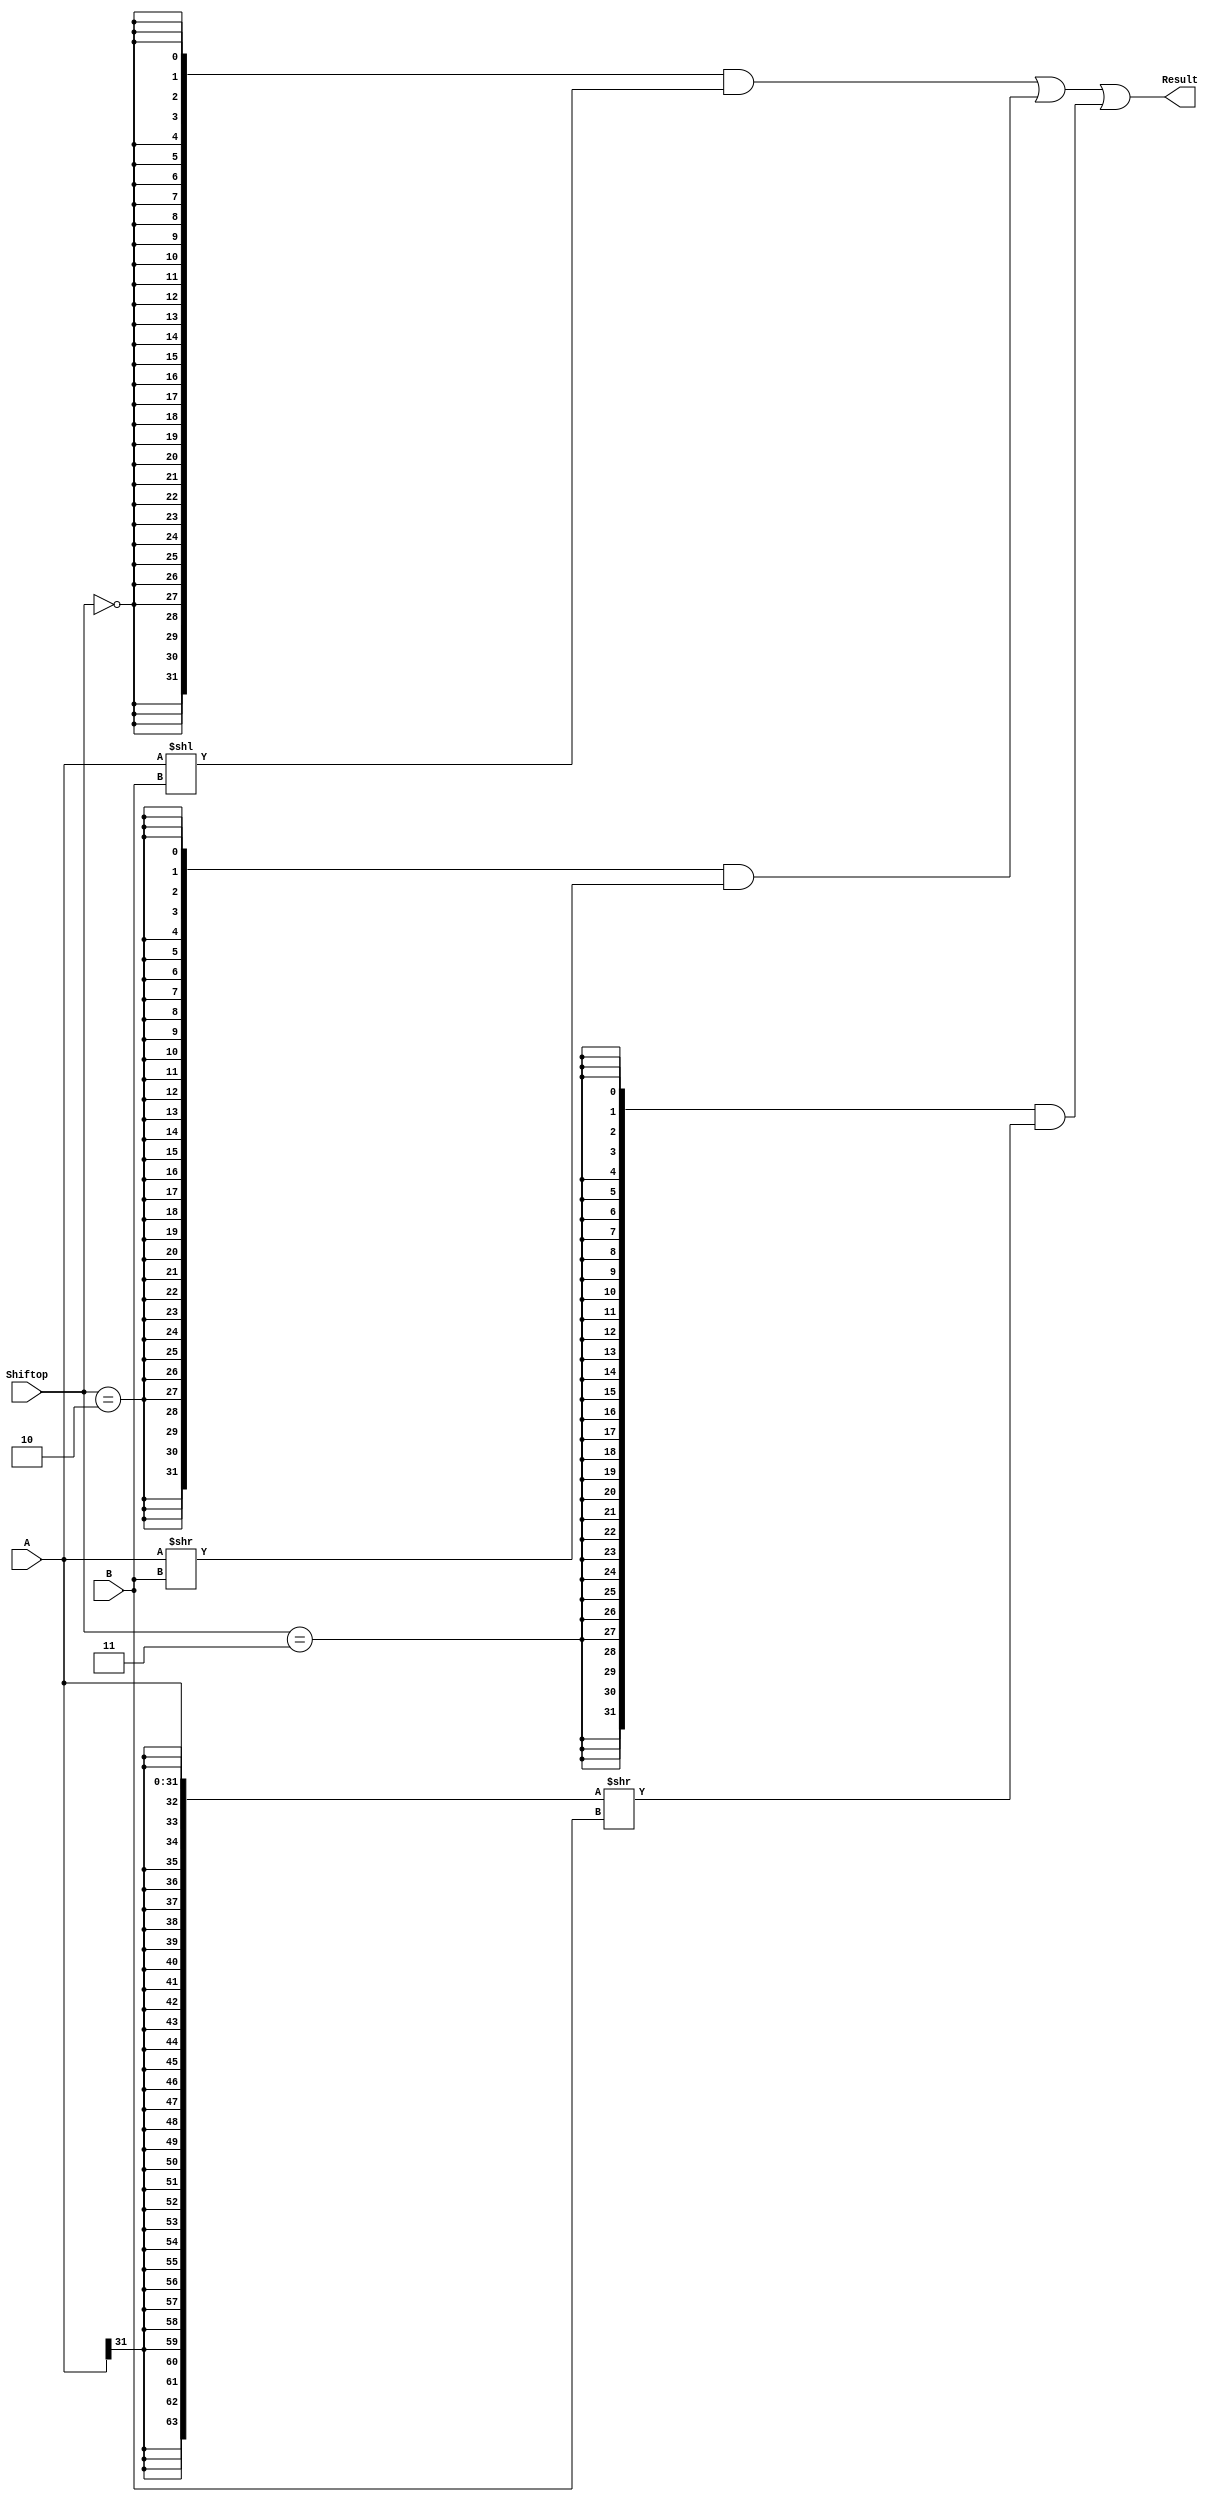
`timescale 10 ns / 1 ns

`define SHIFTLEFT   2'b00
`define SHIFTRIGHT  2'b10
`define SHIFTRIGHTA 2'b11

`define DATA_WIDTH 32

module shifter (
	input [`DATA_WIDTH - 1:0] A,
	input [`DATA_WIDTH - 1:0] B,
	input [1:0] Shiftop,
	output [`DATA_WIDTH - 1:0] Result
);

	// TODO: Please add your logic code here

    /*define my shiftop here*/
    wire op_left = Shiftop == `SHIFTLEFT;
    wire op_right = Shiftop == `SHIFTRIGHT;
    wire op_righta = Shiftop == `SHIFTRIGHTA;

    /*define my shifter logic there*/
    wire [63:0] extend = {{32{A[`DATA_WIDTH - 1]}},A};
    wire [63:0] extend_rightaresult = extend >> B;

    wire [31:0] leftresult = A << B;
    wire [31:0] rightresult = A >> B;

    wire [31:0] rightaresult = extend_rightaresult[31:0];


    assign Result = ({32{op_left}} & leftresult) |
                    ({32{op_right}} & rightresult) |
                    ({32{op_righta}} & rightaresult);


endmodule